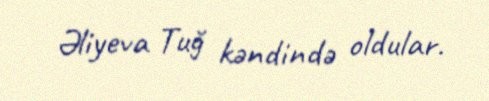
Əliyeva Tuğ kəndində oldular.